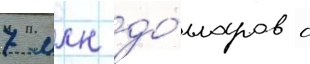
7 млн до́лларов с